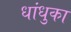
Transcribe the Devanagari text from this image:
धांधुका